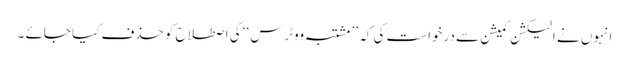
انہوں نے الیکشن کمیشن سے درخواست کی کہ ’’ مشتبہ ووٹرس‘‘ کی اصطلاح کو حذف کیا جائے ۔